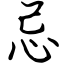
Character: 忌